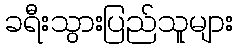
ခရီးသွားပြည်သူများ